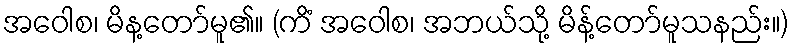
အဝေါစ၊ မိန့တော်မူ၏။ (ကိံ အဝေါစ၊ အဘယ်သို့ မိန့်တော်မူသနည်း။)